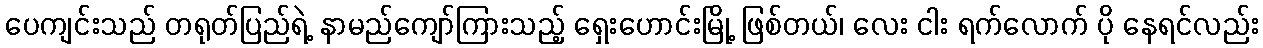
ပေကျင်းသည် တရုတ်ပြည်ရဲ့ နာမည်ကျော်ကြားသည့် ရှေးဟောင်းမြို့ ဖြစ်တယ်၊ လေး ငါး ရက်လောက် ပို နေရင်လည်း